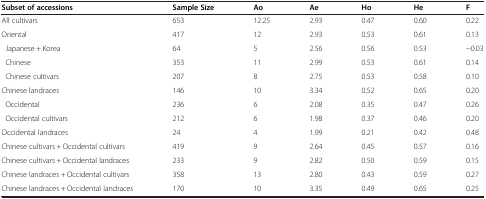
| Subset of accessions | Sample Size | Ao | Ae | Ho | He | F |
 | --- | --- | --- | --- | --- | --- | --- |
 | All cultivars | 653 | 12.25 | 2.93 | 0.47 | 0.60 | 0.22 |
 | Oriental | 417 | 12 | 2.93 | 0.53 | 0.61 | 0.13 |
 | Japanese + Korea | 64 | 5 | 2.56 | 0.56 | 0.53 | −0.03 |
 | Chinese | 353 | 11 | 2.99 | 0.53 | 0.61 | 0.14 |
 | Chinese cultivars | 207 | 8 | 2.75 | 0.53 | 0.58 | 0.10 |
 | Chinese landraces | 146 | 10 | 3.34 | 0.52 | 0.65 | 0.20 |
 | Occidental | 236 | 6 | 2.08 | 0.35 | 0.47 | 0.26 |
 | Occidental cultivars | 212 | 6 | 1.98 | 0.37 | 0.46 | 0.20 |
 | Occidental landraces | 24 | 4 | 1.99 | 0.21 | 0.42 | 0.48 |
 | Chinese cultivars + Occidental cultivars | 419 | 9 | 2.64 | 0.45 | 0.57 | 0.16 |
 | Chinese cultivars + Occidental landraces | 233 | 9 | 2.82 | 0.50 | 0.59 | 0.15 |
 | Chinese landraces + Occidental cultivars | 358 | 13 | 2.80 | 0.43 | 0.59 | 0.27 |
 | Chinese landraces + Occidental landraces | 170 | 10 | 3.35 | 0.49 | 0.65 | 0.25 |